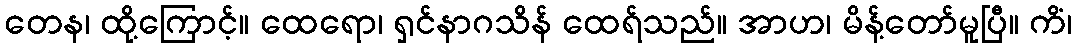
တေန၊ ထို့ကြောင့်။ ထေရော၊ ရှင်နာဂသိန် ထေရ်သည်။ အာဟ၊ မိန့်တော်မူပြီ။ ကိံ၊